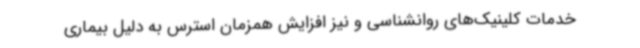
خدمات کلینیک‌های روانشناسی و نیز افزایش همزمان استرس به دلیل بیماری